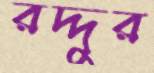
রদ্দুর